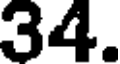
34.